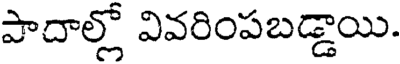
పాదాల్లో వివరింపబడ్డాయి.